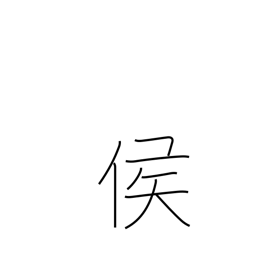
Meaning: marquis